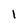
Character: 1